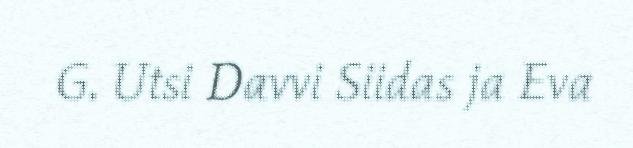
G. Utsi Davvi Siidas ja Eva